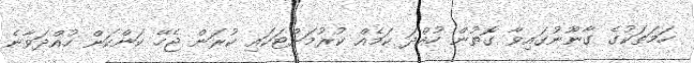
ހަމަތަކުގެ ގާނޫނުގަައިވާ ގޮތުން ހުއްދަ ކަމެއް ކުރުމަށްޓަކައި ކުރަން ޖެހޭ ކަންކަން ހުއްދަވާނެ